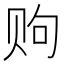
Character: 𫎧